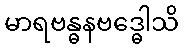
မာရဗန္ဓနဗဒ္ဓေါသိ